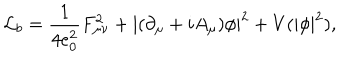
{ \cal L } _ { b } = \frac { 1 } { 4 e _ { 0 } ^ { 2 } } F _ { \mu \nu } ^ { 2 } + | ( \partial _ { \mu } + i A _ { \mu } ) \phi | ^ { 2 } + V ( | \phi | ^ { 2 } ) ,